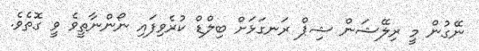
ނޭގުން މީ ރިލޭޝަން ޝިޕް ރަނގަޅަށް ބިލްޑް ކުރެވިފައި ނޯންނާތީވެ ވީ ގޮތެވެ.